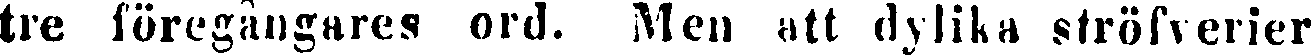
tre föregångares ord. Men att dylika ströfverier